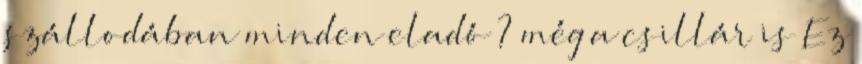
szállodában minden eladó ? még a csillár is Ez